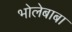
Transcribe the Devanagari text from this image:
भोलेबाबा